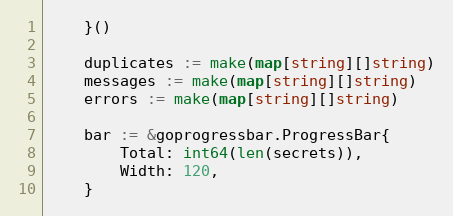
Language: Go
	}()

	duplicates := make(map[string][]string)
	messages := make(map[string][]string)
	errors := make(map[string][]string)

	bar := &goprogressbar.ProgressBar{
		Total: int64(len(secrets)),
		Width: 120,
	}